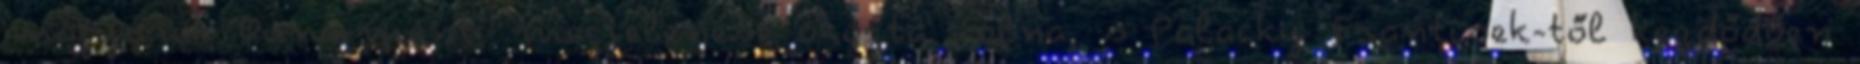
magyarok Duna-menti megjelenése okozta volna, s Palacky Frantisek-től kezdődően